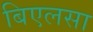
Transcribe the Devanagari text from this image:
बिएलसा